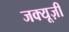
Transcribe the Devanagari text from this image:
जक्यूज़ी